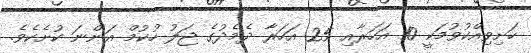
ހަށިވިއްކުވުމަކީ 10 އަހަރާއި 25 އަހަރާ ދެމެދުގެ ޖަލު ހުކުމް އަންނަ ކުށެކެވެ.